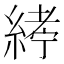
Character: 𦂂